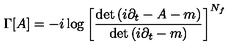
\Gamma [ A ] = - i \log \left[ { \frac { \det \left( i \partial _ { t } - A - m \right) } { \det \left( i \partial _ { t } - m \right) } } \right] ^ { N _ { f } }